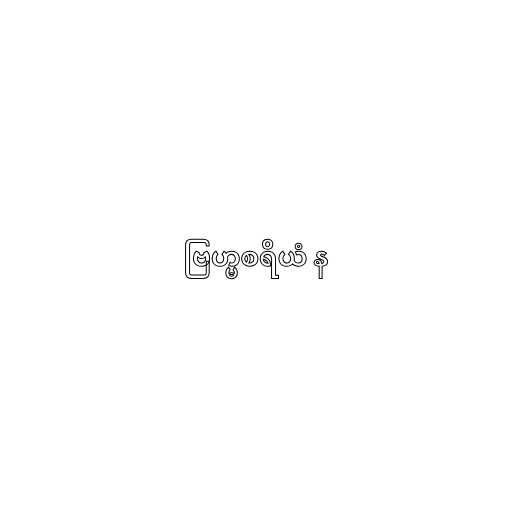
ဗြဟ္မစရိယံ န